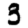
Digit: 3